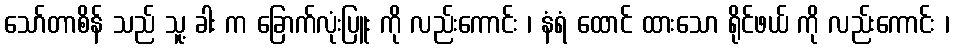
သော်တာစိန် သည် သူ့ ခါး က ခြောက်လုံးပြူး ကို လည်းကောင်း ၊ နံရံ ထောင် ထားသော ရိုင်ဖယ် ကို လည်းကောင်း ၊